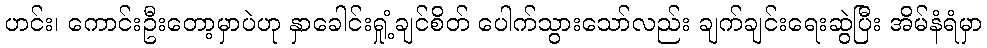
ဟင်း၊ ကောင်းဦးတော့မှာပဲဟု နှာခေါင်းရှုံ့ချင်စိတ် ပေါက်သွားသော်လည်း ချက်ချင်းရေးဆွဲပြီး အိမ်နံရံမှာ